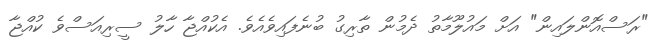
"ރަސްއޮންލައިން" އަށް މައުލޫމާތު ދެމުން ތާރިގު ބުނެފައިވެއެވެެ. އެކުއްޖާ ހާލު ސީރިއަސްވެ ކުއްޖާ